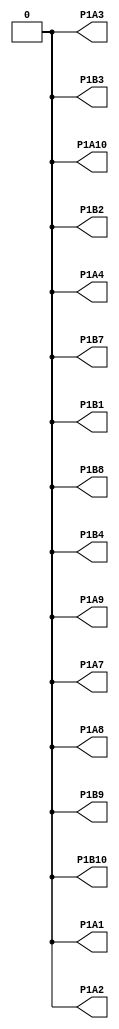
module top(
    output P1A1,        // R3 
    output P1A2,        // R1
    output P1A3,        // G3
    output P1A4,        // G1
    output P1A7,        // R2
    output P1A8,        // R0
    output P1A9,        // G2
    output P1A10,       // G0

    output P1B1,        // B3
    output P1B2,        // CK
    output P1B3,        // B0
    output P1B4,        // HS
    output P1B7,        // B2
    output P1B8,        // B1
    output P1B9,        // DE
    output P1B10        // VS
);

// Implement 800x600@60Hz VGA signal
// http://tinyvga.com/vga-timing/800x600@60Hz
// 40 Mhz clock, positive hs/vs pulses

// example
// https://github.com/icebreaker-fpga/icebreaker-verilog-examples/tree/main/icebreaker/dvi-12bit
// note: look at io port buffering for output, is that for ice40 or for Xilinx ?

// TODO: clock
// TODO: VGA pixel clock generator
// TODO: VGA test signals (perhaps use butttons 1, 2, 3 to select different patterns)

assign P1A1  = 0;
assign P1A2  = 0;
assign P1A3  = 0;
assign P1A4  = 0;
assign P1A7  = 0;
assign P1A8  = 0;
assign P1A9  = 0;
assign P1A10 = 0;

assign P1B1  = 0;
assign P1B2  = 0;
assign P1B3  = 0;
assign P1B4  = 0;
assign P1B7  = 0;
assign P1B8  = 0;
assign P1B9  = 0;
assign P1B10 = 0;

endmodule